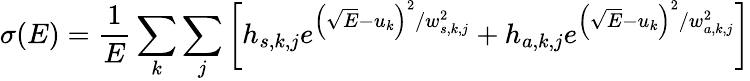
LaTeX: \sigma(E)=\frac{1}{E}\sum_{k}\sum_{j}\left[h_{s,k,j}e^{\left(\sqrt{E}-u_{k}\right)^{2}/w_{s,k,j}^{2}}+h_{a,k,j}e^{\left(\sqrt{E}-u_{k}\right)^{2}/w_{a,k,j}^{2}}\right]